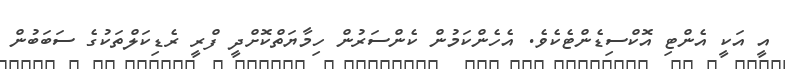
އީ އަކީ އެންޓި އޮކްސިޑެންޓެކެވެ. އެހެންކަމުން ކެންސަރުން ހިމާޔަތްކޮށްދީ ފްރީ ރެޑިކަލްތަކުގެ ސަބަބުން